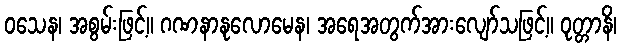
ဝသေန၊ အစွမ်းဖြင့်။ ဂဏနာနုလောမေန၊ အရေအတွက်အားလျော်သဖြင့်။ ဝုတ္တာနိ၊